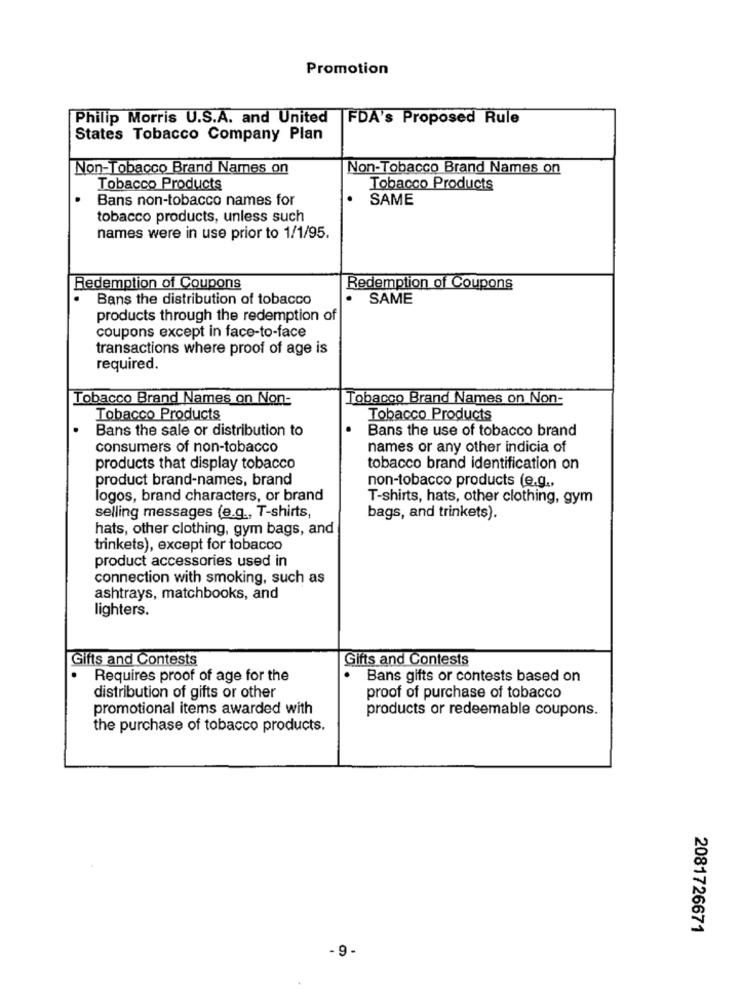
Promotion
Philip Morris U.S.A. and United
FDA's Proposed Rule
States Tobacco Company Plan
Non-Tobacco Brand Names on
Non-Tobacco Brand Names on
Tobacco Products
Tobacco Products
Bans non-tobacco names for
SAME
tobacco products, unless such
names were in use prior to 1/1/95.
Redemption of Coupons
Redemption of Coupons
.
Bans the distribution of tobacco
.
SAME
products through the redemption of
coupons except in face-to-face
transactions where proof of age is
required.
Tobacco Brand Names on Non-
Tobacco Brand Names on Non-
Tobacco Products
Tobacco Products
Bans the sale or distribution to
.
Bans the use of tobacco brand
consumers of non-tobacco
names or any other indicia of
products that display tobacco
tobacco brand identification on
product brand-names, brand
non-tobacco products (e.g .,
logos, brand characters, or brand
T-shirts, hats, other clothing, gym
selling messages (e.g ., T-shirts,
bags, and trinkets).
hats, other clothing, gym bags, and
trinkets), except for tobacco
product accessories used in
connection with smoking, such as
ashtrays, matchbooks, and
lighters.
Gifts and Contests
Gifts and Contests
Requires proof of age for the
Bans gifts or contests based on
distribution of gifts or other
proof of purchase of tobacco
promotional items awarded with
products or redeemable coupons.
the purchase of tobacco products.
2081726671
- 9 -